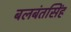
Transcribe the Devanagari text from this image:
बलबंतसिंह